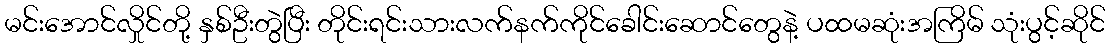
မင်းအောင်လှိုင်တို့ နှစ်ဦးတွဲပြီး တိုင်းရင်းသားလက်နက်ကိုင်ခေါင်းဆောင်တွေနဲ့ ပထမဆုံးအကြိမ် သုံးပွင့်ဆိုင်